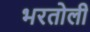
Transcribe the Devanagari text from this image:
भरतोली